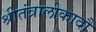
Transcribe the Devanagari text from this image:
श्रीतंत्रालोकादौ